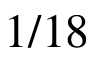
1 / 1 8